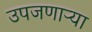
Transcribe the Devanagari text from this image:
उपजणाऱ्या